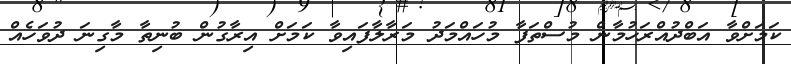
ކަމަށްވާ އަބްދުއްރަހުމާން މުސްތަފާ މުހައްމަދު މަރާލާފައިވާ ކަމަށް އިރާގުން ބުނިތާ މާގިނަ ދުވަހެއް